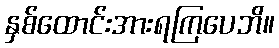
နှစ်ထောင်းအားရကြပေဘိ။